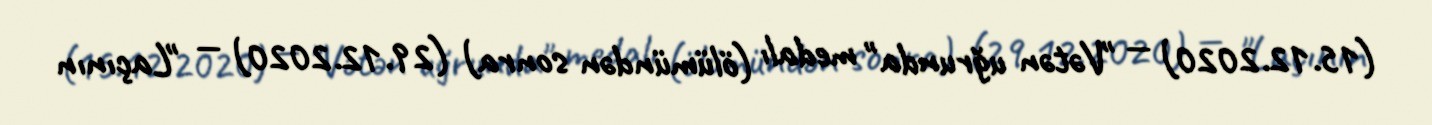
(15.12.2020) — "Vətən uğrunda" medalı (ölümündən sonra) (29.12.2020) — "Laçının